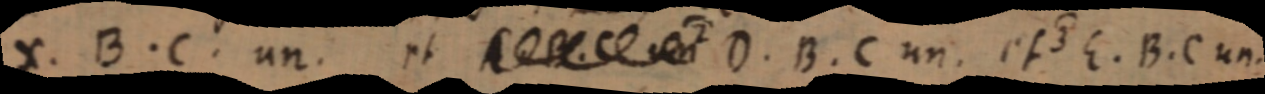
X. B. C. un. et _ D. B. C un. et E. B. C un.